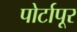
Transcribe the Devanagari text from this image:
पोर्टापूर